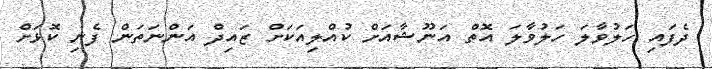
ދެފައި ހަލުވާލަ ހަލުވާލަ އޮތް އަނޫޝާއަށް ކުއްލިއަކަށް ޒައިދް އަންނަތަން ފެނި ކޮޅަށް